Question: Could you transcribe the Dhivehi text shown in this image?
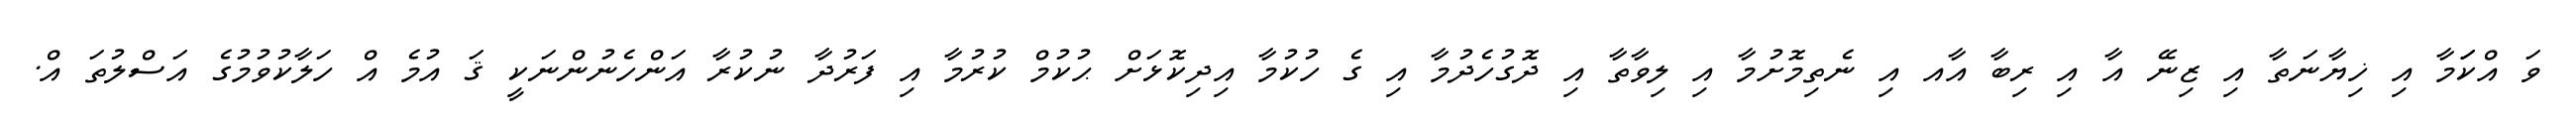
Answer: ވަ އްކަަމާ އި ޚިޔާނަތާ އި ޒިނޭ އާ އި ރިބާ އާއ އި ނެތިމޮށުމާ އި ލިވާތާ އި ދޮގުހެދުމާ އި ގެ ހުކުމާ އިދިކޮޅަށް ޙުކުމް ކުރުމާ އި ފަރުދާ ނުކުރާ އަންހެނުންނަކީ ޤަ އުމެ އް ހަލާކުވުމުގެ އަސްލުތަ އް.